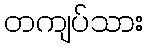
တကျပ်သား